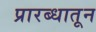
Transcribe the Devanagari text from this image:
प्रारब्धातून